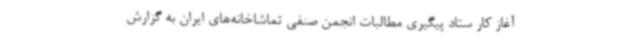
آغاز کار ستاد پیگیری مطالبات انجمن صنفی تماشاخانه‌های ایران به گزارش